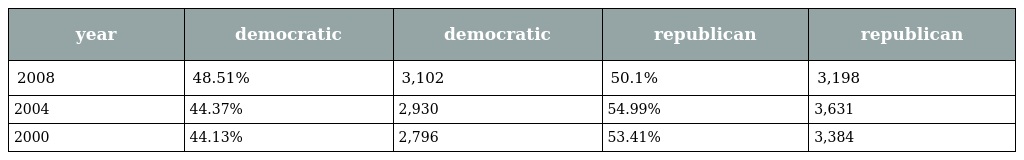
| year | democratic | democratic | republican | republican |
 | --- | --- | --- | --- | --- |
 | 2008 | 48.51% | 3,102 | 50.1% | 3,198 |
 | 2004 | 44.37% | 2,930 | 54.99% | 3,631 |
 | 2000 | 44.13% | 2,796 | 53.41% | 3,384 |